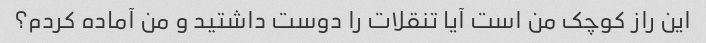
این راز کوچک من است آیا تنقلات را دوست داشتید و من آماده کردم؟